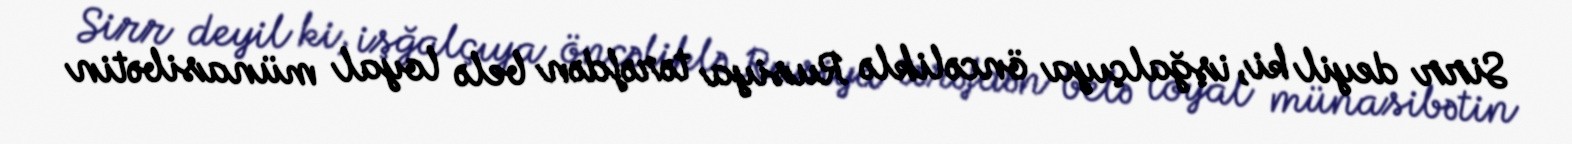
Sirr deyil ki, işğalçıya öncəliklə Rusiya tərəfdən belə loyal münasibətin